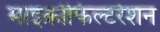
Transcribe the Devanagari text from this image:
माइक्रोफिल्टरेशन